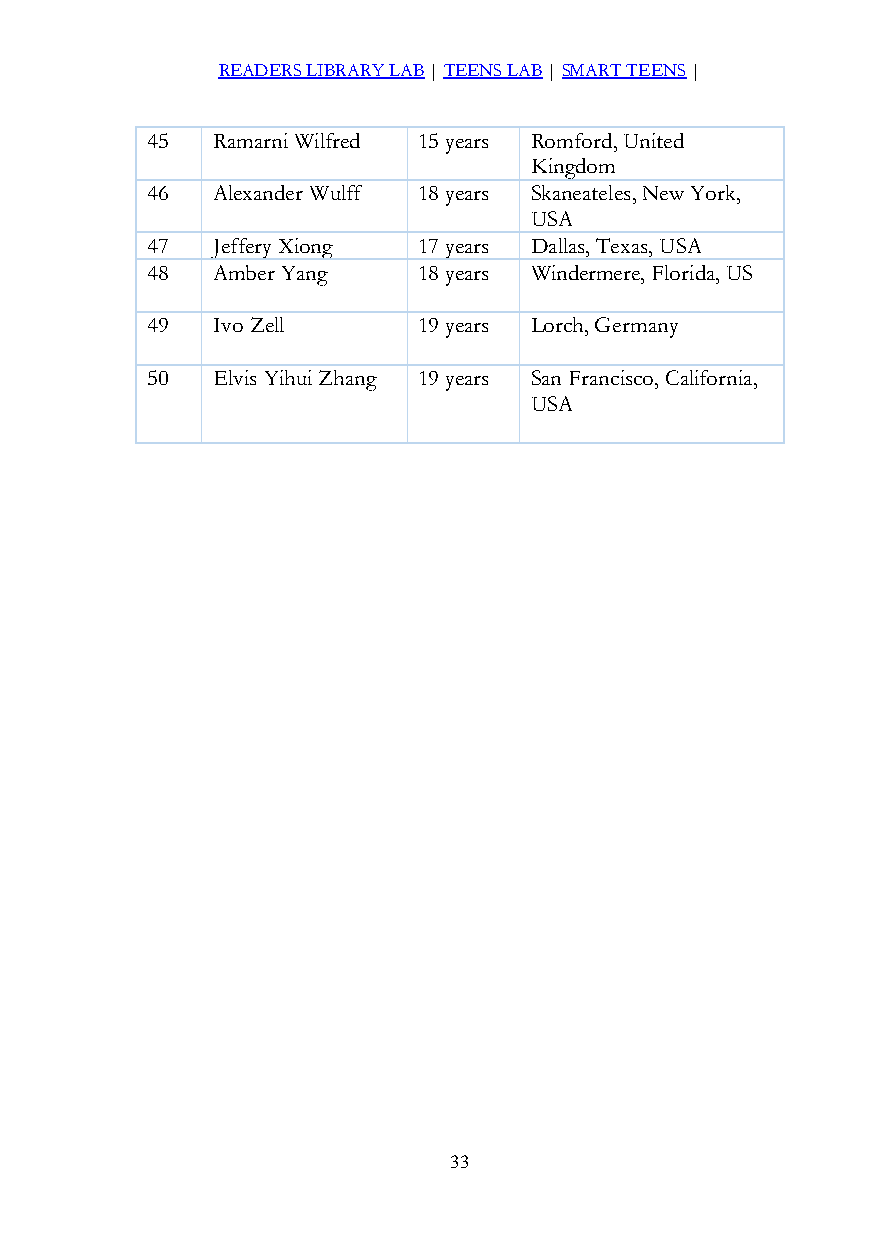
READERS LIBRARY LAB | TEENS LAB | SMART TEENS |
 45  Ramarni Wilfred 15 years Romford, United
 Kingdom
 46  Alexander Wulff 18 years Skaneateles, New York,
 USA
 47  Jeffery Xiong 17 years Dallas, Texas, USA
 48  Amber Yang    18 years Windermere, Florida, US
 49  Ivo Zell      19 years Lorch, Germany
 50  Elvis Yihui Zhang 19 years San Francisco, California,
 USA
 33